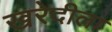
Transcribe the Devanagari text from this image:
खरेदीला